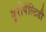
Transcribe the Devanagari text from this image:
यूरोपेल्टिडी